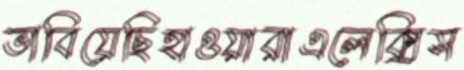
ভাবিয়েছিহাওয়ারাএলেক্সিস